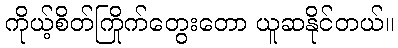
ကိုယ့်စိတ်ကြိုက်တွေးတော ယူဆနိုင်တယ်။